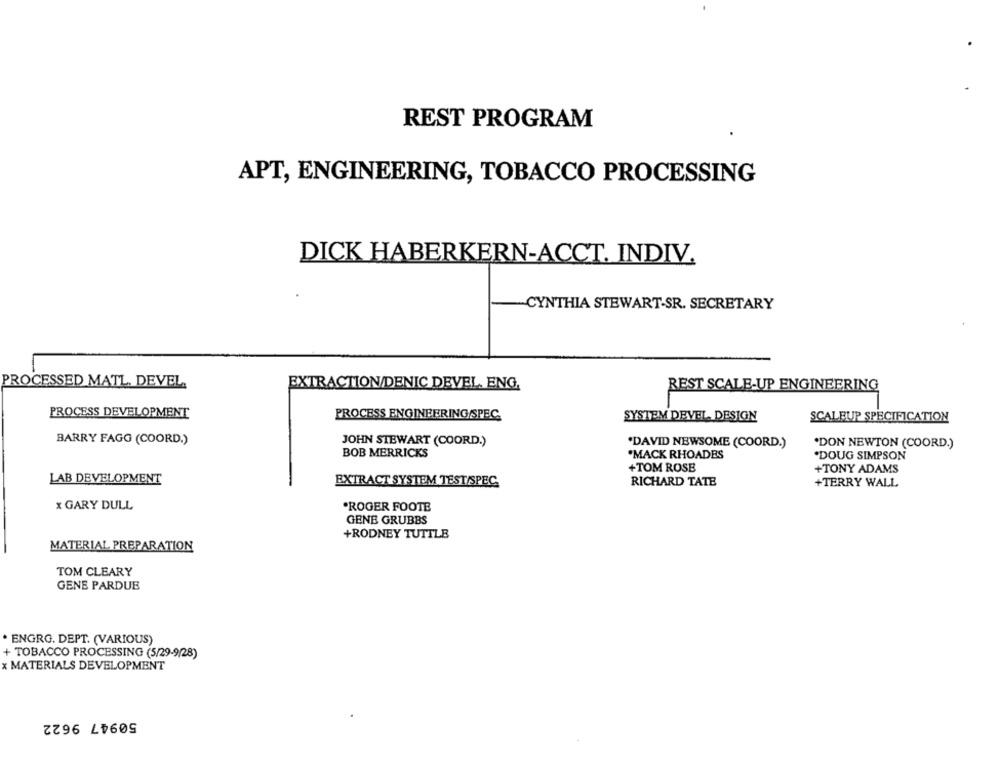
REST PROGRAM
APT, ENGINEERING, TOBACCO PROCESSING
DICK HABERKERN-ACCT. INDIV.
CYNTHIA STEWART-SR. SECRETARY
PROCESSED MATL. DEVEL
EXTRACTION/DENIC DEVEL. ENG.
REST SCALE-UP ENGINEERING
PROCESS DEVELOPMENT
PROCESS ENGINEERING SPEC
SYSTEM DEVEL. DESIGN
SCALEUP SPECIFICATION
BARRY FAGG (COORD.)
JOHN STEWART (COORD.)
"DAVID NEWSOME (COORD.)
*DON NEWTON (COORD.)
BOB MERRICKS
.MACK RHOADES
.DOUG SIMPSON
+TOM ROSE
+TONY ADAMS
LAB DEVELOPMENT
EXTRACT SYSTEM TEST/SPEC
RICHARD TATE
+TERRY WALL
x GARY DULL
.ROGER FOOTE
GENE GRUBBS
+RODNEY TUTTLE
MATERIAL PREPARATION
TOM CLEARY
GENE PARDUE
. ENGRG. DEPT. (VARIOUS)
+ TOBACCO PROCESSING (5/29-9/28)
x MATERIALS DEVELOPMENT
50947 9622